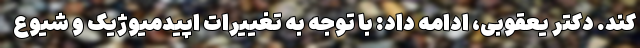
کند. دکتر یعقوبی، ادامه داد: با توجه به تغییرات اپیدمیوژیک و شیوع